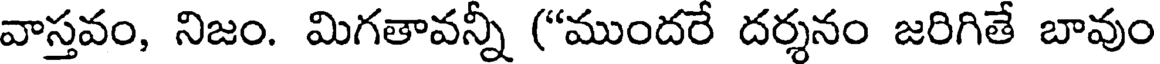
వాస్తవం, నిజం. మిగతావన్నీ ("ముందరే దర్శనం జరిగితే బావుం